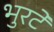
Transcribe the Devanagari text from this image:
भुरटे